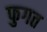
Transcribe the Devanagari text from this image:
फुगत